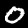
Label: 0